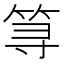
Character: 𱷽